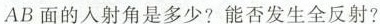
AB面的入射角是多少?能否发生全反射?